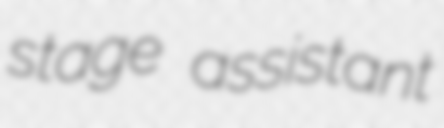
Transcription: stage assistant